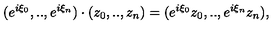
( e ^ { i \xi _ { 0 } } , . . , e ^ { i \xi _ { n } } ) \cdot ( z _ { 0 } , . . , z _ { n } ) = ( e ^ { i \xi _ { 0 } } z _ { 0 } , . . , e ^ { i \xi _ { n } } z _ { n } ) ,